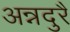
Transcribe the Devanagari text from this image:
अन्नदुरै